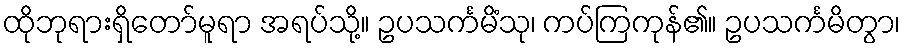
ထိုဘုရားရှိတော်မူရာ အရပ်သို့။ ဥပသင်္ကမိံသု၊ ကပ်ကြကုန်၏။ ဥပသင်္ကမိတွာ၊